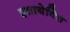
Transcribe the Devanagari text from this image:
इसायेविच